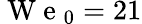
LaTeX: \mathrm{~W~e~}_{0}=21